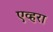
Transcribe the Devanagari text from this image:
एव्हरा